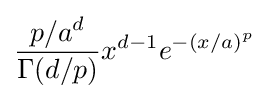
{\frac {p/a^{d}}{\Gamma (d/p)}}x^{d-1}e^{-(x/a)^{p}}